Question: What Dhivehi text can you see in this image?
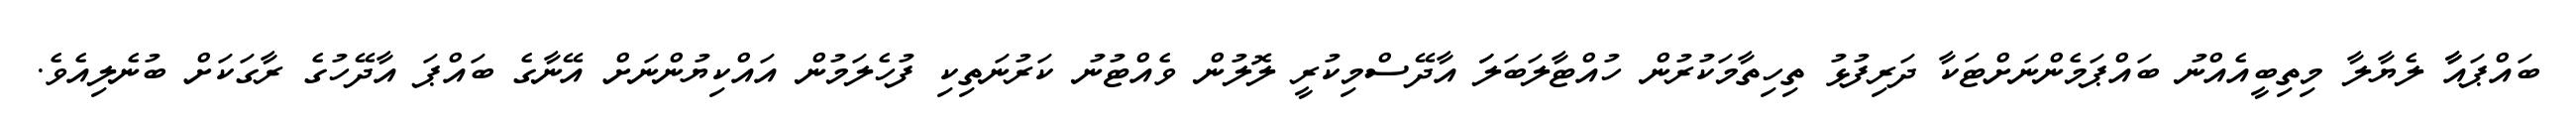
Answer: ބައްޕައާާ ލެޔާލާ މިތިބީއެއްނު ބައްޕަމެންނަށްޓަކާ ދަރިފުޅު ތިހިތާމަކުރުން ހުއްޓާލަބަލަަ އާދޭސްމިކުރީ ލޮލުން ވެއްޓުނު ކަރުނަތިކި ފުހެލަމުން އައްކިޔުންނަށް އޭނާގެ ބައްޕަ އާދޭހުގެ ރާގަކަށް ބުނެލިއެވެ.